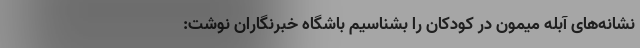
نشانه‌های آبله میمون در کودکان را بشناسیم باشگاه خبرنگاران نوشت: